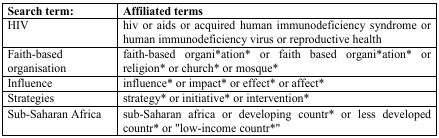
<table><thead><tr><td><b>Search term:</b></td><td><b>Affiliated terms</b></td></tr></thead><tbody><tr><td>HIV</td><td>hiv or aids or acquired human immunodeficiency syndrome orhuman immunodeficiency virus or reproductive health</td></tr><tr><td>Faith-basedorganisation</td><td>faith-based organi*ation* or faith based organi*ation* orreligion* or church* or mosque*</td></tr><tr><td>Influence</td><td>influence* or impact* or effect* or affect*</td></tr><tr><td>Strategies</td><td>strategy* or initiative* or intervention*</td></tr><tr><td>Sub-Saharan Africa</td><td>sub-Saharan africa or developing countr* or less developedcountr* or “low-income countr*”</td></tr></tbody></table>